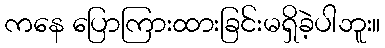
ကနေ ပြောကြားထားခြင်းမရှိခဲ့ပါဘူး။